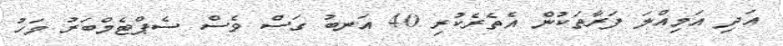
އަދި އަމިއްލަ ފަރާތަކުން އެތެރެކުރި 40 އަނބު ގަސް ވެސް ސެޕްޓެމްބަރު މަހު